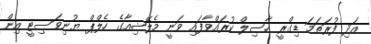
އަދި ފުރަތަމަ ޑިގްރީ ހާސިލް ކުރައްވާފައި ވަނީ މެލޭޝިއާގެ ހެލްޕް ޔުނިވަސިޓީ އިން